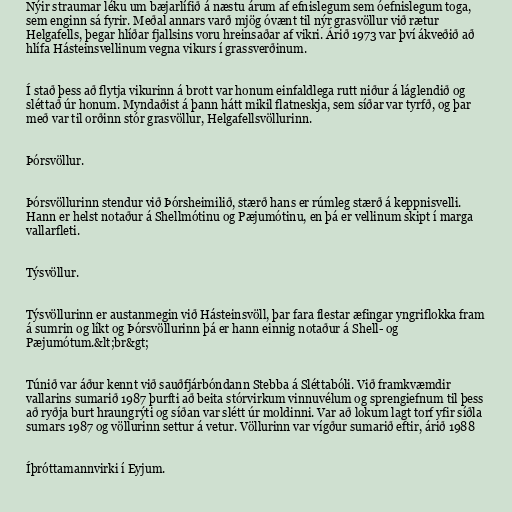
Nýir straumar léku um bæjarlífið á næstu árum af efnislegum sem óefnislegum toga,
sem enginn sá fyrir. Meðal annars varð mjög óvænt til nýr grasvöllur við rætur
Helgafells, þegar hlíðar fjallsins voru hreinsaðar af vikri. Árið 1973 var því ákveðið að
hlífa Hásteinsvellinum vegna vikurs í grassverðinum.

Í stað þess að flytja vikurinn á brott var honum einfaldlega rutt niður á láglendið og
sléttað úr honum. Myndaðist á þann hátt mikil flatneskja, sem síðar var tyrfð, og þar
með var til orðinn stór grasvöllur, Helgafellsvöllurinn.

Þórsvöllur.

Þórsvöllurinn stendur við Þórsheimilið, stærð hans er rúmleg stærð á keppnisvelli.
Hann er helst notaður á Shellmótinu og Pæjumótinu, en þá er vellinum skipt í marga
vallarfleti.

Týsvöllur.

Týsvöllurinn er austanmegin við Hásteinsvöll, þar fara flestar æfingar yngriflokka fram
á sumrin og líkt og Þórsvöllurinn þá er hann einnig notaður á Shell- og
Pæjumótum.&lt;br&gt;

Túnið var áður kennt við sauðfjárbóndann Stebba á Sléttabóli. Við framkvæmdir
vallarins sumarið 1987 þurfti að beita stórvirkum vinnuvélum og sprengiefnum til þess
að ryðja burt hraungrýti og síðan var slétt úr moldinni. Var að lokum lagt torf yfir síðla
sumars 1987 og völlurinn settur á vetur. Völlurinn var vígður sumarið eftir, árið 1988

Íþróttamannvirki í Eyjum.